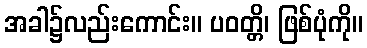
အခါ၌လည်းကောင်း။ ပဝတ္တိ၊ ဖြစ်ပုံကို။